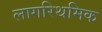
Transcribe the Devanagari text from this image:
लागरिथमिक